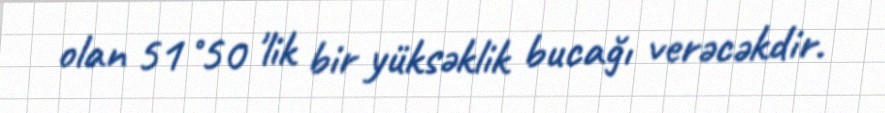
olan 51˚50 'lik bir yüksəklik bucağı verəcəkdir.